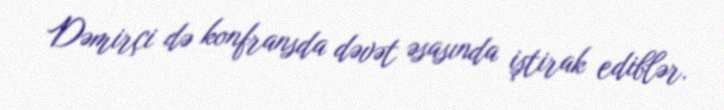
Dəmirçi də konfransda dəvət əsasında iştirak ediblər.